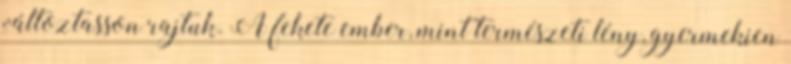
változtasson rajtuk. A fekete ember, mint természeti lény, gyermekien